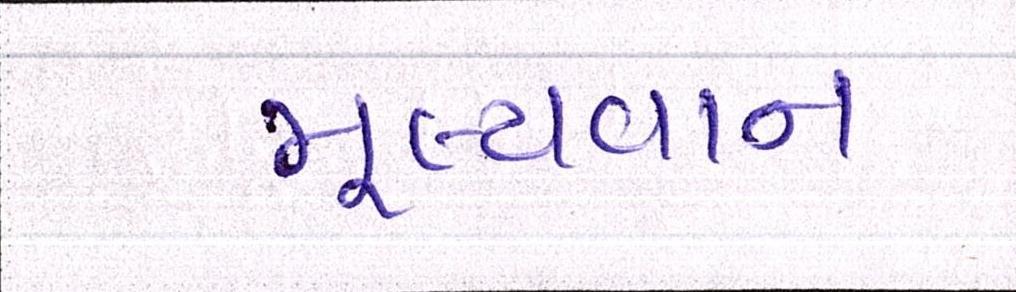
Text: મૂલ્યવાન